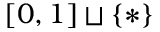
[ 0 , 1 ] \sqcup \{ * \}